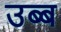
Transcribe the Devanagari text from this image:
उब्ब